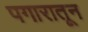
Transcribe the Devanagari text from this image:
पगारातून